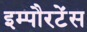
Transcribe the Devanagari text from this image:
इम्पौरटेंस